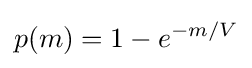
p(m)=1-e^{-m/V}